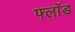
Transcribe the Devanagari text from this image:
फ्लॉड